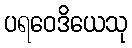
ပရဝေဒိယေသု